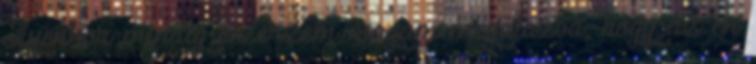
Ilyenkor mindig en erzem magam megalazva, hogy az en